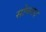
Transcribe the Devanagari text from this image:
सोननद